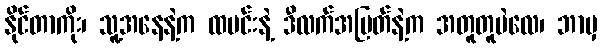
နိုင်တာကိုး၊ သူ့အနေနဲ့က ထမင်းနဲ့ ဒီလက်အပြတ်နဲ့က အတူတူပဲလေ၊ ဘာမှ